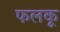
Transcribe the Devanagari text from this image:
फलकू